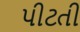
પીટતી